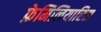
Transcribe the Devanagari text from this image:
फ़ेमिलियारिस